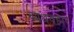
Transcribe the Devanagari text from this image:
व्यधवहार